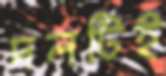
দলটিই